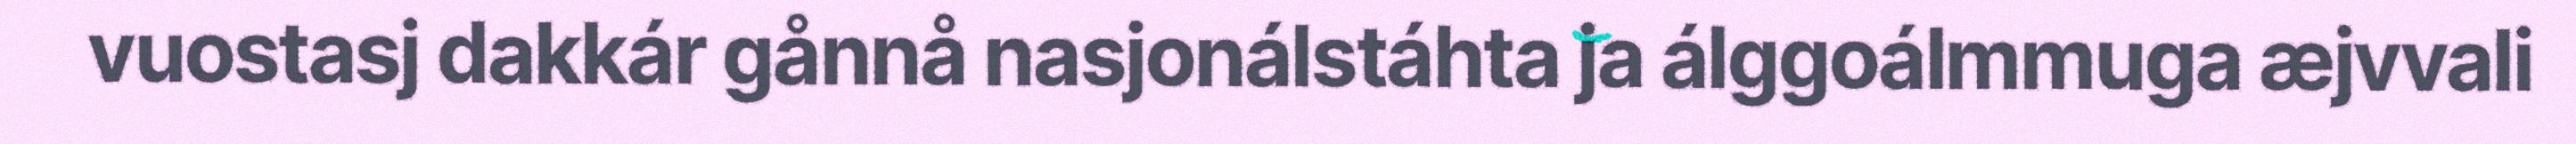
vuostasj dakkár gånnå nasjonálstáhta ja álggoálmmuga æjvvali